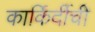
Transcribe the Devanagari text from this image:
कार्किर्दीची